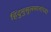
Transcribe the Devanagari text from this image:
हिंदुमुसुलमानांच्या